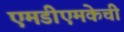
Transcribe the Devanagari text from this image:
एमडीएमकेची